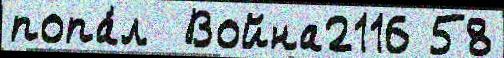
попа́л  Война2116 58